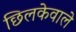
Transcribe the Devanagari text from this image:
छिलकेवाले